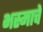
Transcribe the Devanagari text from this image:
भस्माचे